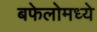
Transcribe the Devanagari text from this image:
बफेलोमध्ये